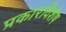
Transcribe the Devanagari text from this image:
प्रकारविशेष